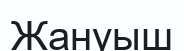
Жануыш